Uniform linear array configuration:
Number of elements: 64
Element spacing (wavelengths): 0.25
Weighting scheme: hann
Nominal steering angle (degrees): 15
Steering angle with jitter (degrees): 16.452
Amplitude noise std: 0.05
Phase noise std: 0.05

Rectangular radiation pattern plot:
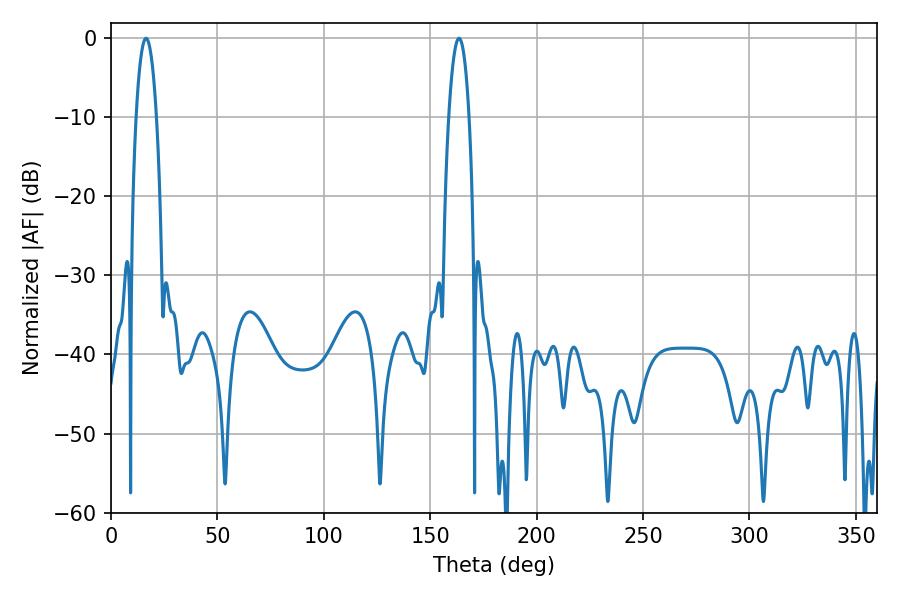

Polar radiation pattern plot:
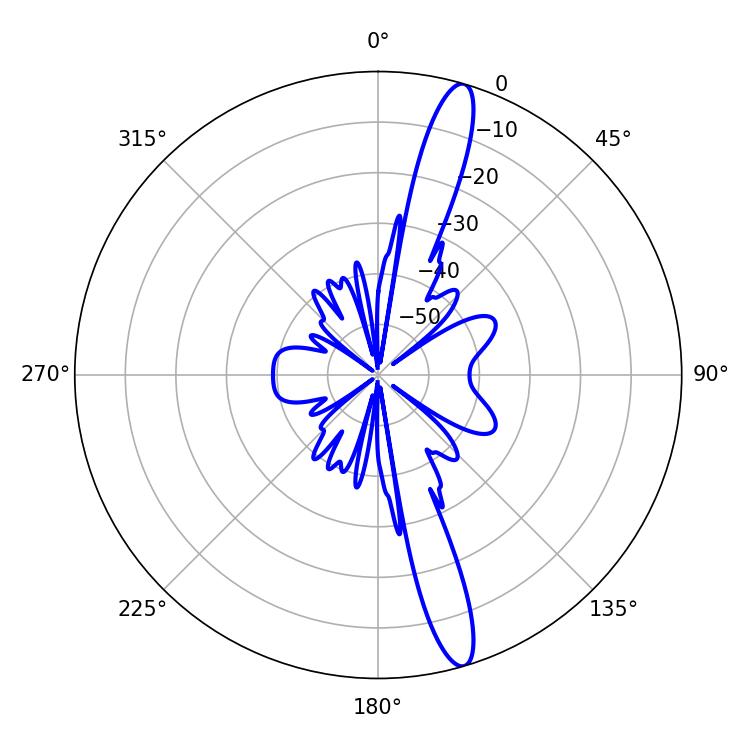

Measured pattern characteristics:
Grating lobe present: FALSE
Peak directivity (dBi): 15.463
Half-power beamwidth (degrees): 5.22
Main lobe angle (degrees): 16.38